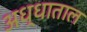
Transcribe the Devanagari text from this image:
अध्धाताल